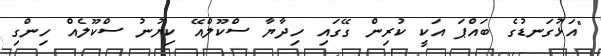
"އަޅުގަނޑުގެ ބައްޕަ އަކީ ކުރިން ގޭގައި ހިދާޔާ ސްކޫލްއޭ ކިޔުނު ސްކޫލެއް ހިންގި